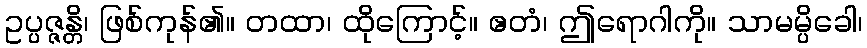
ဥပ္ပဇ္ဇန္တိ၊ ဖြစ်ကုန်၏။ တထာ၊ ထိုကြောင့်။ ဧတံ၊ ဤရောဂါကို။ သာမမ္ပိခေါ၊